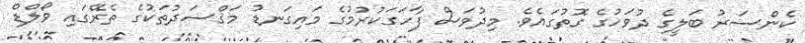
ކެންސަރު ބަލީގެ ދުވަހުގެ ގޮތުގައެވެ. މިދުވަސް ފާހަގަކުރުމުގެ މައިގަނޑު މަޤްސަދުތަކުގެ ތެރޭގައި ވޯލްޑް